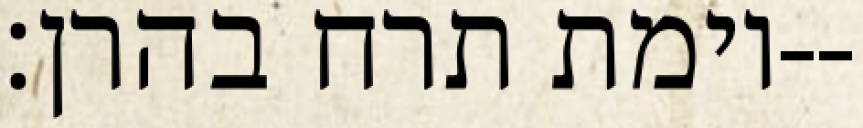
וימת תרח בהרן׃--